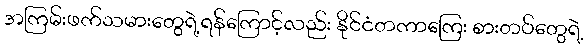
အကြမ်းဖက်သမားတွေရဲ့ရန်ကြောင့်လည်း နိုင်ငံတကာကြေး စားတပ်တွေရဲ့